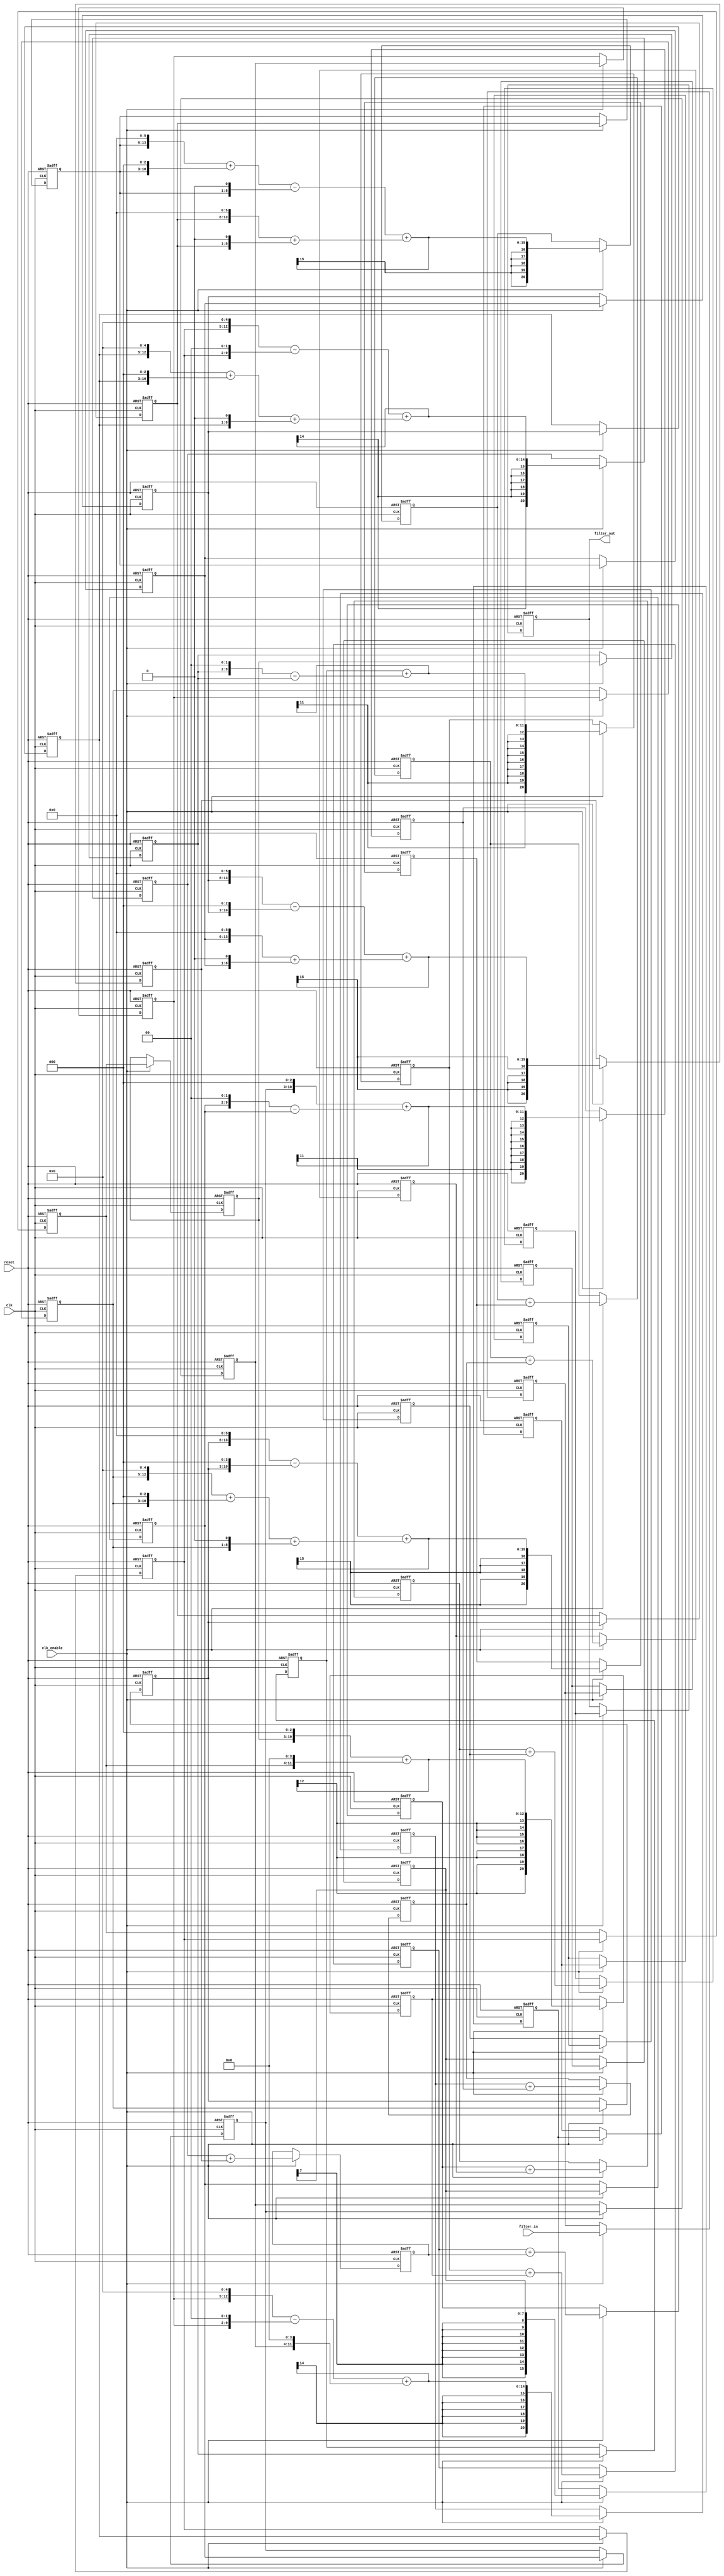
// -------------------------------------------------------------
//
// Module: fir_20_8b_fcsd
// Generated by MATLAB(R) 9.12 and Filter Design HDL Coder 3.1.11.
// Generated on: 2023-06-21 23:56:56
// -------------------------------------------------------------

// -------------------------------------------------------------
// HDL Code Generation Options:
//
// CoeffMultipliers: Factored-CSD
// FIRAdderStyle: tree
// OptimizeForHDL: on
// TargetDirectory: W:\Nikos\UTh\ \Project\FIR_20_Order\factored_csd\8b_fixed_point
// AddPipelineRegisters: on
// Name: fir_20_8b_fcsd
// InputDataType: numerictype(1,8,0)
// TargetLanguage: Verilog
// TestBenchName: fir_20_16b_fcsd_tb
// TestBenchStimulus: impulse step ramp chirp noise 

// Filter Specifications:
//
// Sample Rate     : 46 kHz
// Response        : Lowpass
// Specification   : N,Fp,Fst,Ap
// Stopband Edge   : 9.6 kHz
// Filter Order    : 20
// Passband Edge   : 8 kHz
// Passband Ripple : 60 dB
// -------------------------------------------------------------

// -------------------------------------------------------------
// HDL Implementation    : Fully parallel
// Folding Factor        : 1
// -------------------------------------------------------------
// Filter Settings:
//
// Discrete-Time FIR Filter (real)
// -------------------------------
// Filter Structure  : Direct-Form FIR
// Filter Length     : 21
// Stable            : Yes
// Linear Phase      : Yes (Type 1)
// Arithmetic        : fixed
// Numerator         : s8,8 -> [-5.000000e-01 5.000000e-01)
// -------------------------------------------------------------




`timescale 1 ns / 1 ns

module fir_20_8b_fcsd
               (
                clk,
                clk_enable,
                reset,
                filter_in,
                filter_out
                );

  input   clk; 
  input   clk_enable; 
  input   reset; 
  input   signed [7:0] filter_in; //sfix8
  output  signed [20:0] filter_out; //sfix21_En8

////////////////////////////////////////////////////////////////
//Module Architecture: fir_20_8b_fcsd
////////////////////////////////////////////////////////////////
  // Local Functions
  // Type Definitions
  // Constants
  parameter signed [7:0] coeff1 = 8'b00000000; //sfix8_En8
  parameter signed [7:0] coeff2 = 8'b00000000; //sfix8_En8
  parameter signed [7:0] coeff3 = 8'b00000001; //sfix8_En8
  parameter signed [7:0] coeff4 = 8'b00000011; //sfix8_En8
  parameter signed [7:0] coeff5 = 8'b00001000; //sfix8_En8
  parameter signed [7:0] coeff6 = 8'b00010000; //sfix8_En8
  parameter signed [7:0] coeff7 = 8'b00011100; //sfix8_En8
  parameter signed [7:0] coeff8 = 8'b00101010; //sfix8_En8
  parameter signed [7:0] coeff9 = 8'b00111000; //sfix8_En8
  parameter signed [7:0] coeff10 = 8'b01000010; //sfix8_En8
  parameter signed [7:0] coeff11 = 8'b01000110; //sfix8_En8
  parameter signed [7:0] coeff12 = 8'b01000010; //sfix8_En8
  parameter signed [7:0] coeff13 = 8'b00111000; //sfix8_En8
  parameter signed [7:0] coeff14 = 8'b00101010; //sfix8_En8
  parameter signed [7:0] coeff15 = 8'b00011100; //sfix8_En8
  parameter signed [7:0] coeff16 = 8'b00010000; //sfix8_En8
  parameter signed [7:0] coeff17 = 8'b00001000; //sfix8_En8
  parameter signed [7:0] coeff18 = 8'b00000011; //sfix8_En8
  parameter signed [7:0] coeff19 = 8'b00000001; //sfix8_En8
  parameter signed [7:0] coeff20 = 8'b00000000; //sfix8_En8
  parameter signed [7:0] coeff21 = 8'b00000000; //sfix8_En8

  // Signals
  reg  signed [7:0] delay_pipeline [0:20] ; // sfix8
  wire signed [15:0] product19; // sfix16_En8
  wire signed [15:0] product18; // sfix16_En8
  wire signed [10:0] mulcsd_temp; // sfix11_En8
  wire signed [15:0] product17; // sfix16_En8
  wire signed [15:0] product16; // sfix16_En8
  wire signed [15:0] product15; // sfix16_En8
  wire signed [13:0] mulcsd_temp_1; // sfix14_En8
  wire signed [15:0] product14; // sfix16_En8
  wire signed [13:0] mulcsd_temp_2; // sfix14_En8
  wire signed [15:0] product13; // sfix16_En8
  wire signed [14:0] mulcsd_temp_3; // sfix15_En8
  wire signed [15:0] product12; // sfix16_En8
  wire signed [14:0] mulcsd_temp_4; // sfix15_En8
  wire signed [15:0] product11; // sfix16_En8
  wire signed [14:0] mulcsd_temp_5; // sfix15_En8
  wire signed [15:0] product10; // sfix16_En8
  wire signed [14:0] mulcsd_temp_6; // sfix15_En8
  wire signed [15:0] product9; // sfix16_En8
  wire signed [14:0] mulcsd_temp_7; // sfix15_En8
  wire signed [15:0] product8; // sfix16_En8
  wire signed [13:0] mulcsd_temp_8; // sfix14_En8
  wire signed [15:0] product7; // sfix16_En8
  wire signed [13:0] mulcsd_temp_9; // sfix14_En8
  wire signed [15:0] product6; // sfix16_En8
  wire signed [15:0] product5; // sfix16_En8
  wire signed [15:0] product4; // sfix16_En8
  wire signed [10:0] mulcsd_temp_10; // sfix11_En8
  wire signed [15:0] product3; // sfix16_En8
  wire signed [20:0] sum_final; // sfix21_En8
  wire signed [20:0] sum1_1; // sfix21_En8
  wire signed [15:0] add_signext; // sfix16_En8
  wire signed [15:0] add_signext_1; // sfix16_En8
  wire signed [16:0] add_temp; // sfix17_En8
  reg  signed [20:0] sumpipe1_1; // sfix21_En8
  wire signed [20:0] sum1_2; // sfix21_En8
  wire signed [15:0] add_signext_2; // sfix16_En8
  wire signed [15:0] add_signext_3; // sfix16_En8
  wire signed [16:0] add_temp_1; // sfix17_En8
  reg  signed [20:0] sumpipe1_2; // sfix21_En8
  wire signed [20:0] sum1_3; // sfix21_En8
  wire signed [15:0] add_signext_4; // sfix16_En8
  wire signed [15:0] add_signext_5; // sfix16_En8
  wire signed [16:0] add_temp_2; // sfix17_En8
  reg  signed [20:0] sumpipe1_3; // sfix21_En8
  wire signed [20:0] sum1_4; // sfix21_En8
  wire signed [15:0] add_signext_6; // sfix16_En8
  wire signed [15:0] add_signext_7; // sfix16_En8
  wire signed [16:0] add_temp_3; // sfix17_En8
  reg  signed [20:0] sumpipe1_4; // sfix21_En8
  wire signed [20:0] sum1_5; // sfix21_En8
  wire signed [15:0] add_signext_8; // sfix16_En8
  wire signed [15:0] add_signext_9; // sfix16_En8
  wire signed [16:0] add_temp_4; // sfix17_En8
  reg  signed [20:0] sumpipe1_5; // sfix21_En8
  wire signed [20:0] sum1_6; // sfix21_En8
  wire signed [15:0] add_signext_10; // sfix16_En8
  wire signed [15:0] add_signext_11; // sfix16_En8
  wire signed [16:0] add_temp_5; // sfix17_En8
  reg  signed [20:0] sumpipe1_6; // sfix21_En8
  wire signed [20:0] sum1_7; // sfix21_En8
  wire signed [15:0] add_signext_12; // sfix16_En8
  wire signed [15:0] add_signext_13; // sfix16_En8
  wire signed [16:0] add_temp_6; // sfix17_En8
  reg  signed [20:0] sumpipe1_7; // sfix21_En8
  wire signed [20:0] sum1_8; // sfix21_En8
  wire signed [15:0] add_signext_14; // sfix16_En8
  wire signed [15:0] add_signext_15; // sfix16_En8
  wire signed [16:0] add_temp_7; // sfix17_En8
  reg  signed [20:0] sumpipe1_8; // sfix21_En8
  reg  signed [15:0] sumpipe1_9; // sfix16_En8
  wire signed [20:0] sum2_1; // sfix21_En8
  wire signed [20:0] add_signext_16; // sfix21_En8
  wire signed [20:0] add_signext_17; // sfix21_En8
  wire signed [21:0] add_temp_8; // sfix22_En8
  reg  signed [20:0] sumpipe2_1; // sfix21_En8
  wire signed [20:0] sum2_2; // sfix21_En8
  wire signed [20:0] add_signext_18; // sfix21_En8
  wire signed [20:0] add_signext_19; // sfix21_En8
  wire signed [21:0] add_temp_9; // sfix22_En8
  reg  signed [20:0] sumpipe2_2; // sfix21_En8
  wire signed [20:0] sum2_3; // sfix21_En8
  wire signed [20:0] add_signext_20; // sfix21_En8
  wire signed [20:0] add_signext_21; // sfix21_En8
  wire signed [21:0] add_temp_10; // sfix22_En8
  reg  signed [20:0] sumpipe2_3; // sfix21_En8
  wire signed [20:0] sum2_4; // sfix21_En8
  wire signed [20:0] add_signext_22; // sfix21_En8
  wire signed [20:0] add_signext_23; // sfix21_En8
  wire signed [21:0] add_temp_11; // sfix22_En8
  reg  signed [20:0] sumpipe2_4; // sfix21_En8
  reg  signed [15:0] sumpipe2_5; // sfix16_En8
  wire signed [20:0] sum3_1; // sfix21_En8
  wire signed [20:0] add_signext_24; // sfix21_En8
  wire signed [20:0] add_signext_25; // sfix21_En8
  wire signed [21:0] add_temp_12; // sfix22_En8
  reg  signed [20:0] sumpipe3_1; // sfix21_En8
  wire signed [20:0] sum3_2; // sfix21_En8
  wire signed [20:0] add_signext_26; // sfix21_En8
  wire signed [20:0] add_signext_27; // sfix21_En8
  wire signed [21:0] add_temp_13; // sfix22_En8
  reg  signed [20:0] sumpipe3_2; // sfix21_En8
  reg  signed [15:0] sumpipe3_3; // sfix16_En8
  wire signed [20:0] sum4_1; // sfix21_En8
  wire signed [20:0] add_signext_28; // sfix21_En8
  wire signed [20:0] add_signext_29; // sfix21_En8
  wire signed [21:0] add_temp_14; // sfix22_En8
  reg  signed [20:0] sumpipe4_1; // sfix21_En8
  reg  signed [15:0] sumpipe4_2; // sfix16_En8
  wire signed [20:0] sum5_1; // sfix21_En8
  wire signed [20:0] add_signext_30; // sfix21_En8
  wire signed [20:0] add_signext_31; // sfix21_En8
  wire signed [21:0] add_temp_15; // sfix22_En8
  reg  signed [20:0] sumpipe5_1; // sfix21_En8
  reg  signed [20:0] output_register; // sfix21_En8

  // Block Statements
  always @( posedge clk or posedge reset)
    begin: Delay_Pipeline_process
      if (reset == 1'b1) begin
        delay_pipeline[0] <= 0;
        delay_pipeline[1] <= 0;
        delay_pipeline[2] <= 0;
        delay_pipeline[3] <= 0;
        delay_pipeline[4] <= 0;
        delay_pipeline[5] <= 0;
        delay_pipeline[6] <= 0;
        delay_pipeline[7] <= 0;
        delay_pipeline[8] <= 0;
        delay_pipeline[9] <= 0;
        delay_pipeline[10] <= 0;
        delay_pipeline[11] <= 0;
        delay_pipeline[12] <= 0;
        delay_pipeline[13] <= 0;
        delay_pipeline[14] <= 0;
        delay_pipeline[15] <= 0;
        delay_pipeline[16] <= 0;
        delay_pipeline[17] <= 0;
        delay_pipeline[18] <= 0;
        delay_pipeline[19] <= 0;
        delay_pipeline[20] <= 0;
      end
      else begin
        if (clk_enable == 1'b1) begin
          delay_pipeline[0] <= filter_in;
          delay_pipeline[1] <= delay_pipeline[0];
          delay_pipeline[2] <= delay_pipeline[1];
          delay_pipeline[3] <= delay_pipeline[2];
          delay_pipeline[4] <= delay_pipeline[3];
          delay_pipeline[5] <= delay_pipeline[4];
          delay_pipeline[6] <= delay_pipeline[5];
          delay_pipeline[7] <= delay_pipeline[6];
          delay_pipeline[8] <= delay_pipeline[7];
          delay_pipeline[9] <= delay_pipeline[8];
          delay_pipeline[10] <= delay_pipeline[9];
          delay_pipeline[11] <= delay_pipeline[10];
          delay_pipeline[12] <= delay_pipeline[11];
          delay_pipeline[13] <= delay_pipeline[12];
          delay_pipeline[14] <= delay_pipeline[13];
          delay_pipeline[15] <= delay_pipeline[14];
          delay_pipeline[16] <= delay_pipeline[15];
          delay_pipeline[17] <= delay_pipeline[16];
          delay_pipeline[18] <= delay_pipeline[17];
          delay_pipeline[19] <= delay_pipeline[18];
          delay_pipeline[20] <= delay_pipeline[19];
        end
      end
    end // Delay_Pipeline_process


  assign product19 = $signed({{8{delay_pipeline[18][7]}}, delay_pipeline[18]});

// For FCSD of 3, optimizing to CSD due to lower cost
  assign mulcsd_temp = 
        $signed({delay_pipeline[17], 2'b00}) -
        delay_pipeline[17];
  assign product18 = $signed({{5{mulcsd_temp[10]}}, mulcsd_temp});

  assign product17 = $signed({delay_pipeline[16][7:0], 3'b000});

  assign product16 = $signed({delay_pipeline[15][7:0], 4'b0000});

// For FCSD of 28, optimizing to CSD due to lower cost
  assign mulcsd_temp_1 = 
        $signed({delay_pipeline[14], 5'b00000}) -
        $signed({delay_pipeline[14], 2'b00});
  assign product15 = $signed({{2{mulcsd_temp_1[13]}}, mulcsd_temp_1});

// For FCSD of 42, optimizing to CSD due to lower cost
  assign mulcsd_temp_2 = 
        $signed({delay_pipeline[13], 5'b00000}) +
        $signed({delay_pipeline[13], 3'b000}) +
        $signed({delay_pipeline[13], 1'b0});
  assign product14 = $signed({{2{mulcsd_temp_2[13]}}, mulcsd_temp_2});

// For FCSD of 56, optimizing to CSD due to lower cost
  assign mulcsd_temp_3 = 
        $signed({delay_pipeline[12], 6'b000000}) -
        $signed({delay_pipeline[12], 3'b000});
  assign product13 = $signed({{1{mulcsd_temp_3[14]}}, mulcsd_temp_3});

// For FCSD of 66, optimizing to CSD due to lower cost
  assign mulcsd_temp_4 = 
        $signed({delay_pipeline[11], 6'b000000}) +
        $signed({delay_pipeline[11], 1'b0});
  assign product12 = $signed({{1{mulcsd_temp_4[14]}}, mulcsd_temp_4});

// For FCSD of 70, optimizing to CSD due to lower cost
  assign mulcsd_temp_5 = 
        $signed({delay_pipeline[10], 6'b000000}) +
        $signed({delay_pipeline[10], 3'b000}) -
        $signed({delay_pipeline[10], 1'b0});
  assign product11 = $signed({{1{mulcsd_temp_5[14]}}, mulcsd_temp_5});

// For FCSD of 66, optimizing to CSD due to lower cost
  assign mulcsd_temp_6 = 
        $signed({delay_pipeline[9], 6'b000000}) +
        $signed({delay_pipeline[9], 1'b0});
  assign product10 = $signed({{1{mulcsd_temp_6[14]}}, mulcsd_temp_6});

// For FCSD of 56, optimizing to CSD due to lower cost
  assign mulcsd_temp_7 = 
        $signed({delay_pipeline[8], 6'b000000}) -
        $signed({delay_pipeline[8], 3'b000});
  assign product9 = $signed({{1{mulcsd_temp_7[14]}}, mulcsd_temp_7});

// For FCSD of 42, optimizing to CSD due to lower cost
  assign mulcsd_temp_8 = 
        $signed({delay_pipeline[7], 5'b00000}) +
        $signed({delay_pipeline[7], 3'b000}) +
        $signed({delay_pipeline[7], 1'b0});
  assign product8 = $signed({{2{mulcsd_temp_8[13]}}, mulcsd_temp_8});

// For FCSD of 28, optimizing to CSD due to lower cost
  assign mulcsd_temp_9 = 
        $signed({delay_pipeline[6], 5'b00000}) -
        $signed({delay_pipeline[6], 2'b00});
  assign product7 = $signed({{2{mulcsd_temp_9[13]}}, mulcsd_temp_9});

  assign product6 = $signed({delay_pipeline[5][7:0], 4'b0000});

  assign product5 = $signed({delay_pipeline[4][7:0], 3'b000});

// For FCSD of 3, optimizing to CSD due to lower cost
  assign mulcsd_temp_10 = 
        $signed({delay_pipeline[3], 2'b00}) -
        delay_pipeline[3];
  assign product4 = $signed({{5{mulcsd_temp_10[10]}}, mulcsd_temp_10});

  assign product3 = $signed({{8{delay_pipeline[2][7]}}, delay_pipeline[2]});

  assign add_signext = product19;
  assign add_signext_1 = product18;
  assign add_temp = add_signext + add_signext_1;
  assign sum1_1 = $signed({{4{add_temp[16]}}, add_temp});

  assign add_signext_2 = product17;
  assign add_signext_3 = product16;
  assign add_temp_1 = add_signext_2 + add_signext_3;
  assign sum1_2 = $signed({{4{add_temp_1[16]}}, add_temp_1});

  assign add_signext_4 = product15;
  assign add_signext_5 = product14;
  assign add_temp_2 = add_signext_4 + add_signext_5;
  assign sum1_3 = $signed({{4{add_temp_2[16]}}, add_temp_2});

  assign add_signext_6 = product13;
  assign add_signext_7 = product12;
  assign add_temp_3 = add_signext_6 + add_signext_7;
  assign sum1_4 = $signed({{4{add_temp_3[16]}}, add_temp_3});

  assign add_signext_8 = product11;
  assign add_signext_9 = product10;
  assign add_temp_4 = add_signext_8 + add_signext_9;
  assign sum1_5 = $signed({{4{add_temp_4[16]}}, add_temp_4});

  assign add_signext_10 = product9;
  assign add_signext_11 = product8;
  assign add_temp_5 = add_signext_10 + add_signext_11;
  assign sum1_6 = $signed({{4{add_temp_5[16]}}, add_temp_5});

  assign add_signext_12 = product7;
  assign add_signext_13 = product6;
  assign add_temp_6 = add_signext_12 + add_signext_13;
  assign sum1_7 = $signed({{4{add_temp_6[16]}}, add_temp_6});

  assign add_signext_14 = product5;
  assign add_signext_15 = product4;
  assign add_temp_7 = add_signext_14 + add_signext_15;
  assign sum1_8 = $signed({{4{add_temp_7[16]}}, add_temp_7});

  always @ (posedge clk or posedge reset)
    begin: temp_process1
      if (reset == 1'b1) begin
        sumpipe1_1 <= 0;
        sumpipe1_2 <= 0;
        sumpipe1_3 <= 0;
        sumpipe1_4 <= 0;
        sumpipe1_5 <= 0;
        sumpipe1_6 <= 0;
        sumpipe1_7 <= 0;
        sumpipe1_8 <= 0;
        sumpipe1_9 <= 0;
      end
      else begin
        if (clk_enable == 1'b1) begin
          sumpipe1_1 <= sum1_1;
          sumpipe1_2 <= sum1_2;
          sumpipe1_3 <= sum1_3;
          sumpipe1_4 <= sum1_4;
          sumpipe1_5 <= sum1_5;
          sumpipe1_6 <= sum1_6;
          sumpipe1_7 <= sum1_7;
          sumpipe1_8 <= sum1_8;
          sumpipe1_9 <= product3;
        end
      end
    end // temp_process1

  assign add_signext_16 = sumpipe1_1;
  assign add_signext_17 = sumpipe1_2;
  assign add_temp_8 = add_signext_16 + add_signext_17;
  assign sum2_1 = add_temp_8[20:0];

  assign add_signext_18 = sumpipe1_3;
  assign add_signext_19 = sumpipe1_4;
  assign add_temp_9 = add_signext_18 + add_signext_19;
  assign sum2_2 = add_temp_9[20:0];

  assign add_signext_20 = sumpipe1_5;
  assign add_signext_21 = sumpipe1_6;
  assign add_temp_10 = add_signext_20 + add_signext_21;
  assign sum2_3 = add_temp_10[20:0];

  assign add_signext_22 = sumpipe1_7;
  assign add_signext_23 = sumpipe1_8;
  assign add_temp_11 = add_signext_22 + add_signext_23;
  assign sum2_4 = add_temp_11[20:0];

  always @ (posedge clk or posedge reset)
    begin: temp_process2
      if (reset == 1'b1) begin
        sumpipe2_1 <= 0;
        sumpipe2_2 <= 0;
        sumpipe2_3 <= 0;
        sumpipe2_4 <= 0;
        sumpipe2_5 <= 0;
      end
      else begin
        if (clk_enable == 1'b1) begin
          sumpipe2_1 <= sum2_1;
          sumpipe2_2 <= sum2_2;
          sumpipe2_3 <= sum2_3;
          sumpipe2_4 <= sum2_4;
          sumpipe2_5 <= sumpipe1_9;
        end
      end
    end // temp_process2

  assign add_signext_24 = sumpipe2_1;
  assign add_signext_25 = sumpipe2_2;
  assign add_temp_12 = add_signext_24 + add_signext_25;
  assign sum3_1 = add_temp_12[20:0];

  assign add_signext_26 = sumpipe2_3;
  assign add_signext_27 = sumpipe2_4;
  assign add_temp_13 = add_signext_26 + add_signext_27;
  assign sum3_2 = add_temp_13[20:0];

  always @ (posedge clk or posedge reset)
    begin: temp_process3
      if (reset == 1'b1) begin
        sumpipe3_1 <= 0;
        sumpipe3_2 <= 0;
        sumpipe3_3 <= 0;
      end
      else begin
        if (clk_enable == 1'b1) begin
          sumpipe3_1 <= sum3_1;
          sumpipe3_2 <= sum3_2;
          sumpipe3_3 <= sumpipe2_5;
        end
      end
    end // temp_process3

  assign add_signext_28 = sumpipe3_1;
  assign add_signext_29 = sumpipe3_2;
  assign add_temp_14 = add_signext_28 + add_signext_29;
  assign sum4_1 = add_temp_14[20:0];

  always @ (posedge clk or posedge reset)
    begin: temp_process4
      if (reset == 1'b1) begin
        sumpipe4_1 <= 0;
        sumpipe4_2 <= 0;
      end
      else begin
        if (clk_enable == 1'b1) begin
          sumpipe4_1 <= sum4_1;
          sumpipe4_2 <= sumpipe3_3;
        end
      end
    end // temp_process4

  assign add_signext_30 = sumpipe4_1;
  assign add_signext_31 = $signed({{5{sumpipe4_2[15]}}, sumpipe4_2});
  assign add_temp_15 = add_signext_30 + add_signext_31;
  assign sum5_1 = add_temp_15[20:0];

  always @ (posedge clk or posedge reset)
    begin: temp_process5
      if (reset == 1'b1) begin
        sumpipe5_1 <= 0;
      end
      else begin
        if (clk_enable == 1'b1) begin
          sumpipe5_1 <= sum5_1;
        end
      end
    end // temp_process5

  assign sum_final = sumpipe5_1;

  always @ (posedge clk or posedge reset)
    begin: Output_Register_process
      if (reset == 1'b1) begin
        output_register <= 0;
      end
      else begin
        if (clk_enable == 1'b1) begin
          output_register <= sum_final;
        end
      end
    end // Output_Register_process

  // Assignment Statements
  assign filter_out = output_register;
endmodule  // fir_20_8b_fcsd